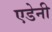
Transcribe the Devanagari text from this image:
एडेनी